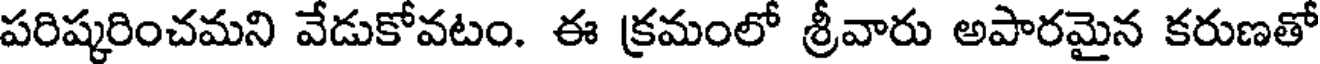
పరిష్కరించమని వేడుకోవటం. ఈ క్రమంలో శ్రీవారు అపారమైన కరుణతో